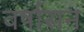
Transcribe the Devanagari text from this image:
वर्षासन